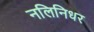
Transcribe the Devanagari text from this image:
नलिनिधर